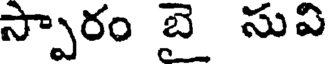
స్పారం బై సువి